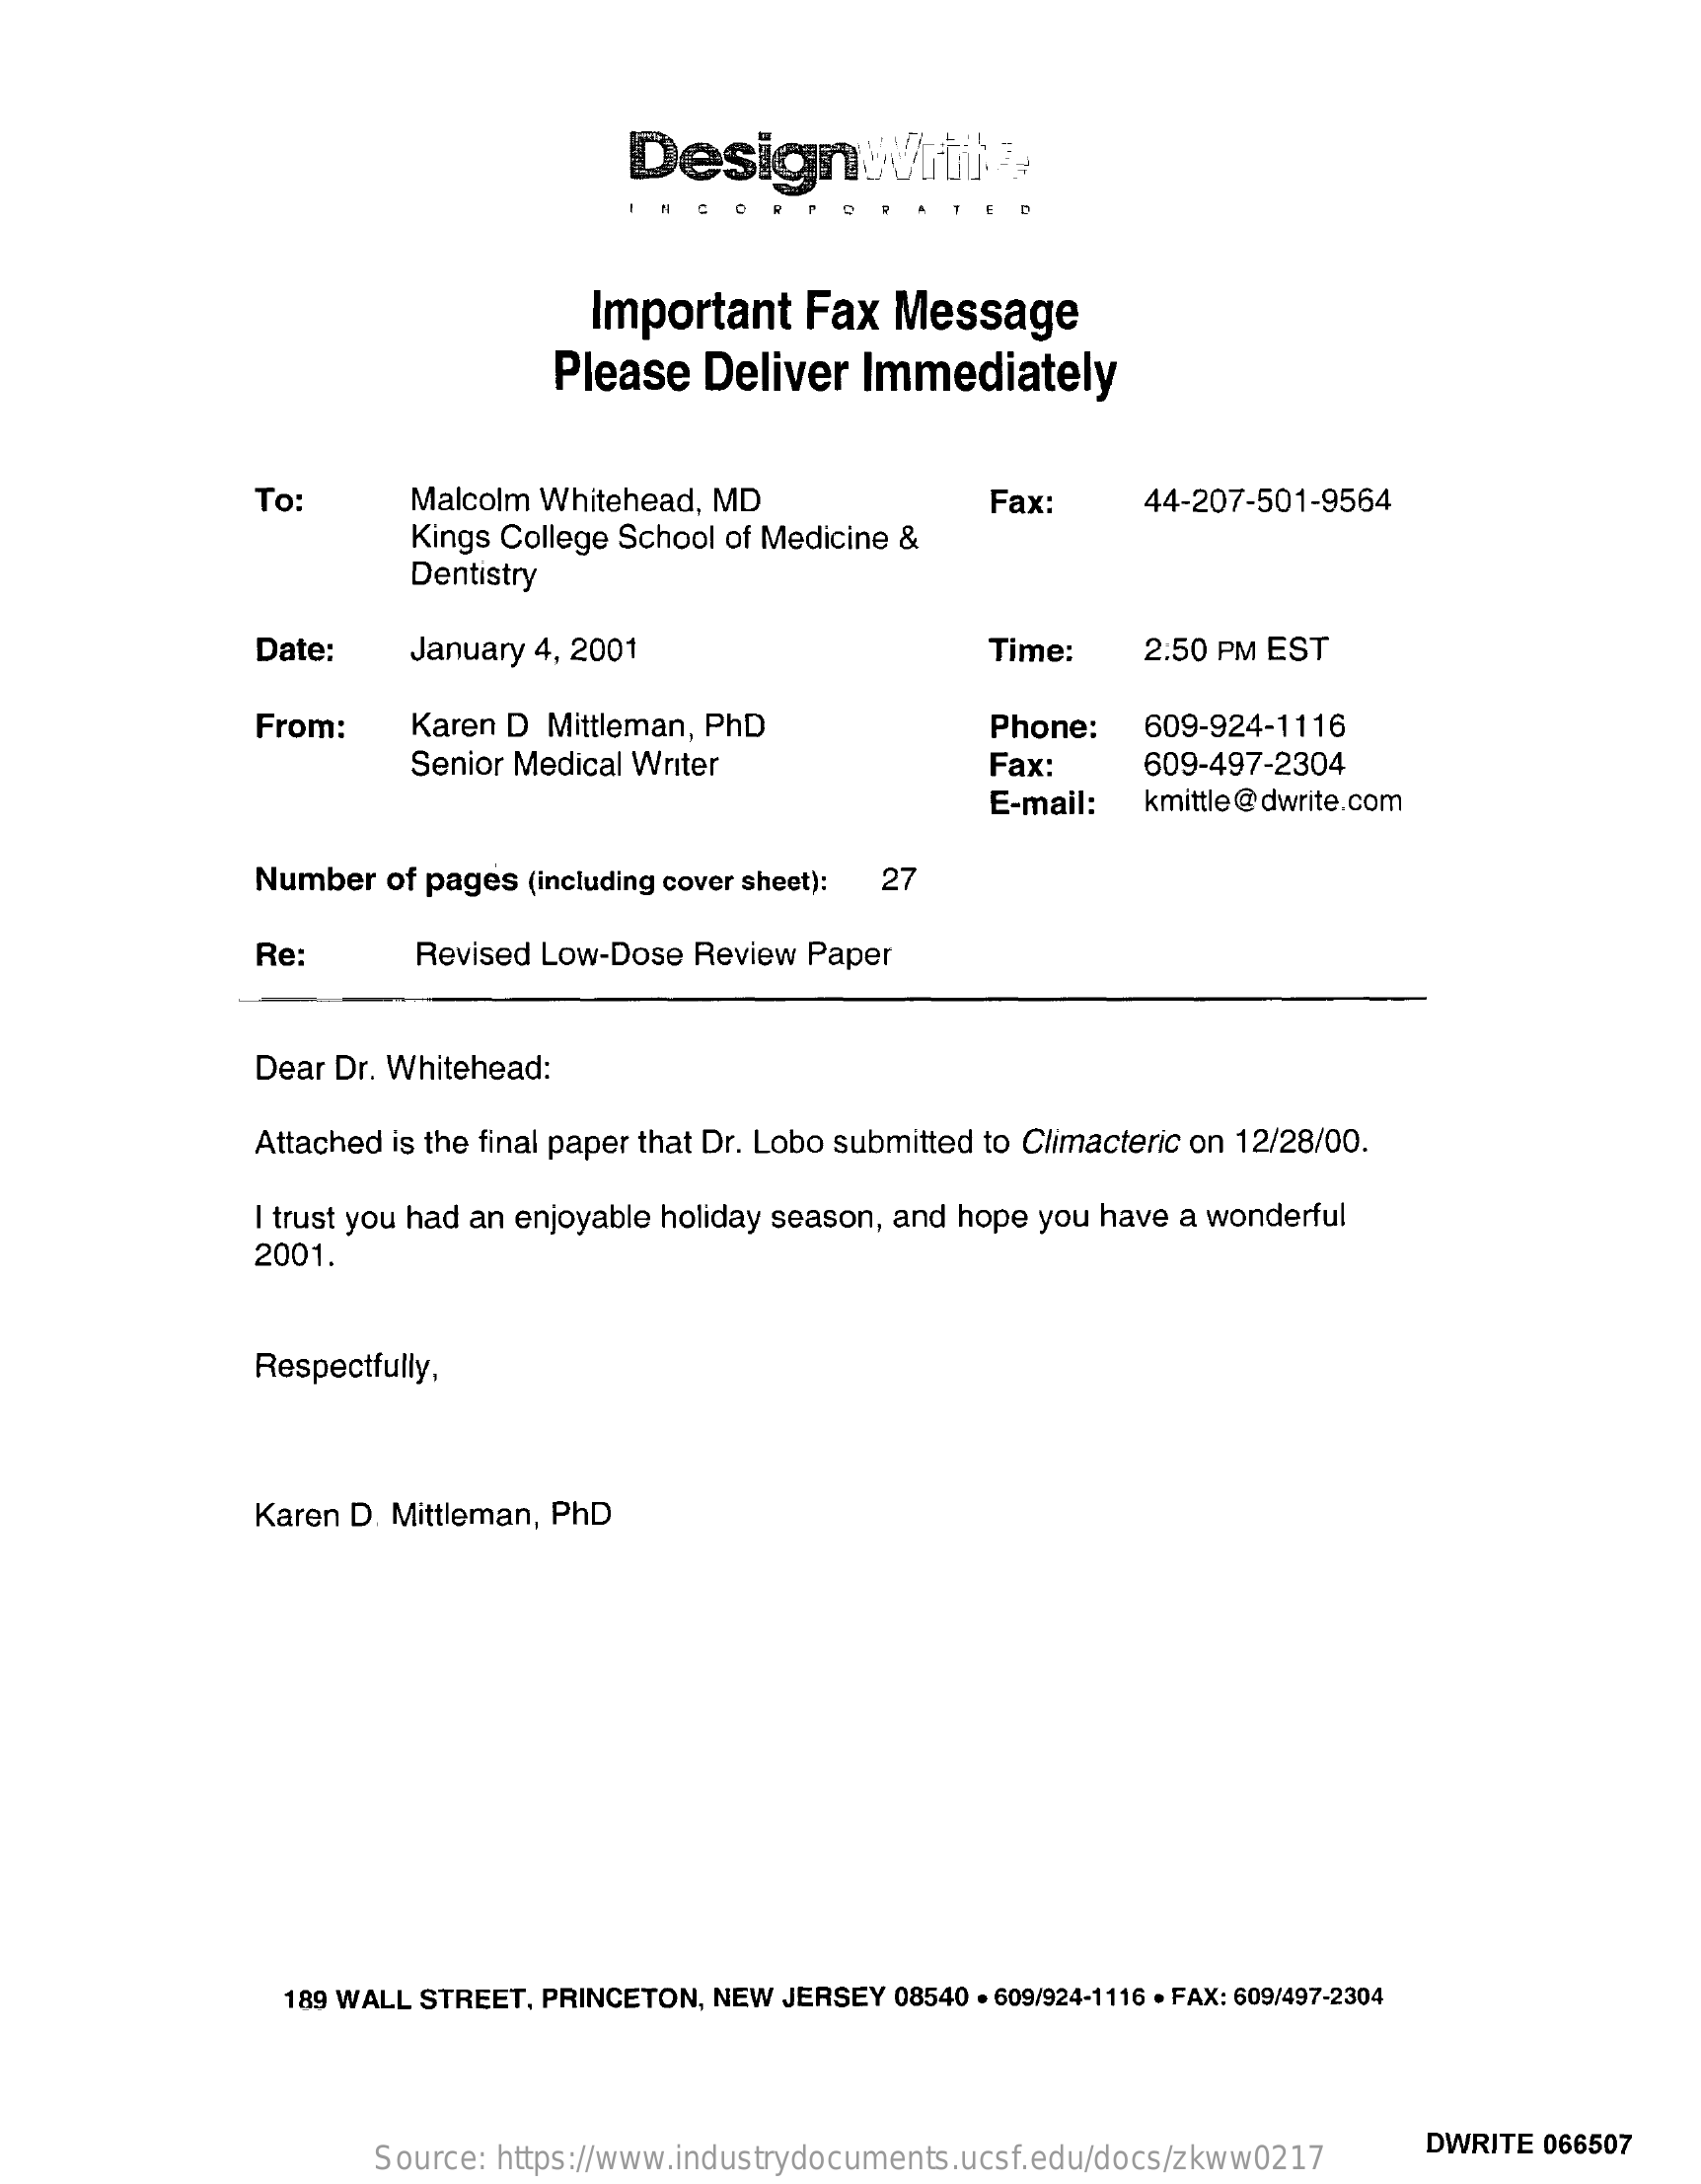
Design    rtil .?
     CO    P Q
     Important    Fax   Message
     Please   Deliver   Immediately
     To:    Malcolm Whitehead, MD    Fax:
     Kings College School of Medicine &
     44-207-501-9564
     Dentistry
     Date:    January 4, 2001    Time:    2:50 PM EST
     From:    Karen D Mittleman, PhD    Phone:    609-924-1116
     Senior Medical Writer    Fax:    609-497-2304
     E-mail:   kmittle @dwrite.com
     Number  of pages (including cover sheet): 27
     Re:    Revised Low-Dose Review Paper
     Dear Dr. Whitehead:
     Attached is the final paper that Dr. Lobo submitted to Climacteric on 12/28/00.
     I trust you had an enjoyable holiday season, and hope you have a wonderful
     2001.
     Respectfully,
     Karen D. Mittleman, PhD
     189 WALL STREET, PRINCETON, NEW JERSEY 08540 - 609/924-1116 . FAX: 609/497-2304
     Source: https://www.industrydocuments.ucsf.edu/docs/zkww0217
     DWRITE 066507